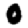
Digit: 0